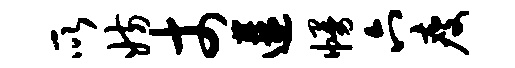
所妨丈遘幔六瘦